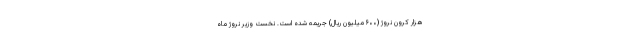
هزار کرون نروژ (۶۰۰ میلیون ریال) جریمه شده است. نخست وزیر نروژ ماه